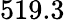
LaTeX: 519.3